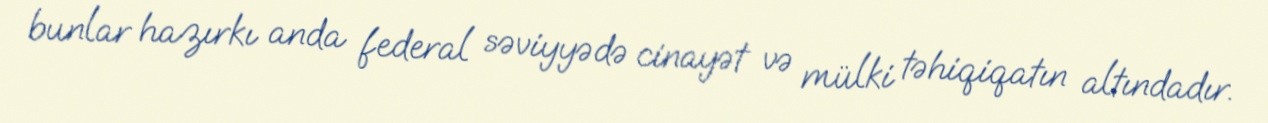
bunlar hazırkı anda federal səviyyədə cinayət və mülki təhiqiqatın altındadır.